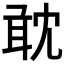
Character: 𠖙